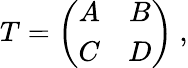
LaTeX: T=\left(\begin{array}{cc}{{A}}&{{B}}\\ {{C}}&{{D}}\end{array}\right)\ ,